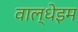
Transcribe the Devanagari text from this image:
वाल्धेइम